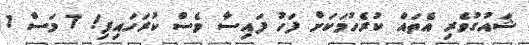
ޝައުގުވެރި އެތައް ކުރެހުމަކަށް ފަހު ފައިސާ ވެސް ކުރަހައިފި! 7 މަސް 1